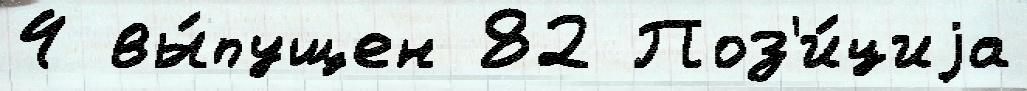
4 вы́пущен 82 Поз'и́циjа